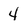
Character: 4